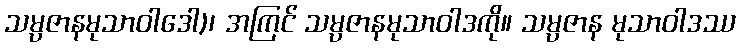
သမ္ပဇာနမုသာဝါဒေါ)၊ အကြင် သမ္ပဇာနမုသာဝါဒကို။ သမ္ပဇာန မုသာဝါဒဿ